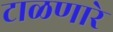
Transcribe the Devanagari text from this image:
टाळणारे